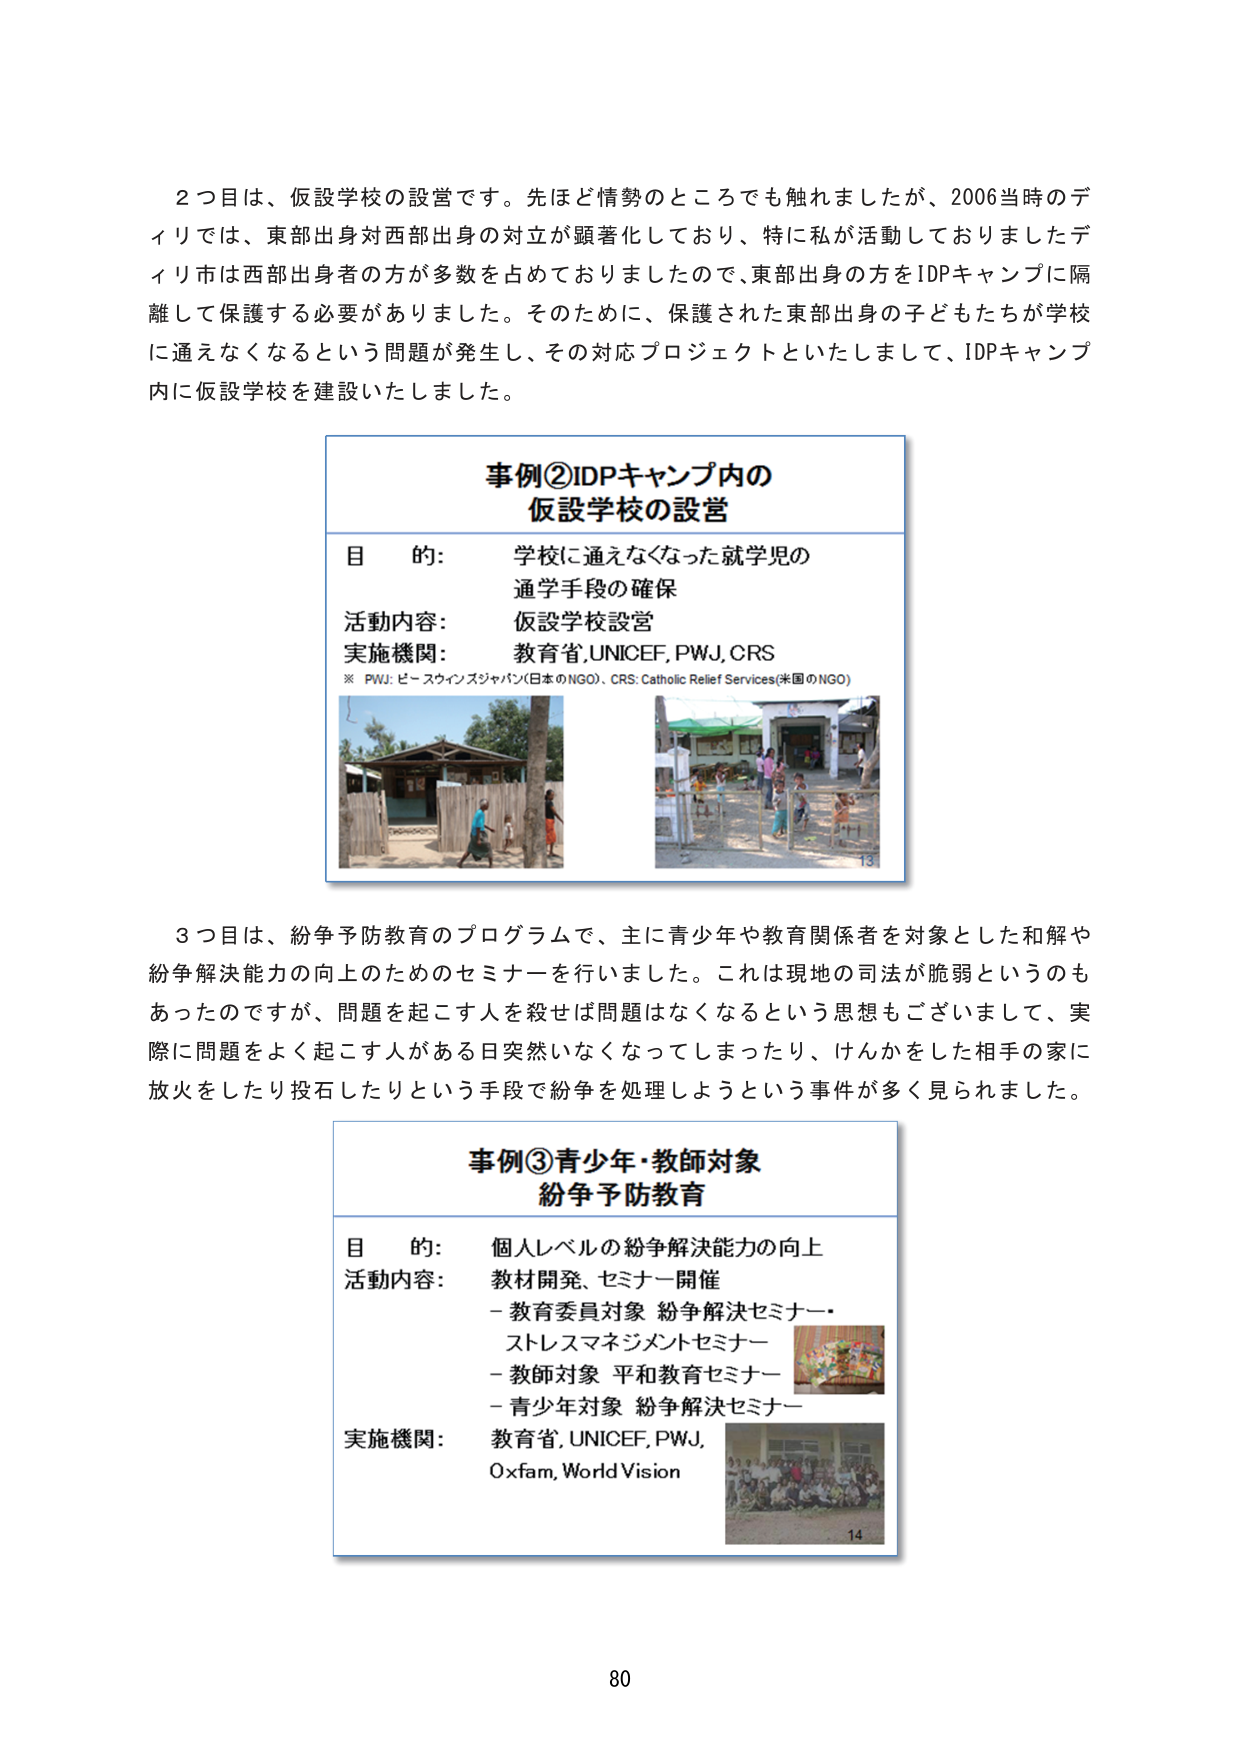
2つ目は、仮設学校の設営です。先ほど情勢のところでも触れましたが、2006当時のディリでは、東部出身対西部出身の対立が顕著化しており、特に私が活動しておりましたディリ市は西部出身者の方が多数を占めておりましたので、東部出身の方をIDPキャンプに隔離して保護する必要がありました。そのために、保護された東部出身の子どもたちが学校に通えなくなるという問題が発生し、その対応プロジェクトといたしまして、IDPキャンプ内に仮設学校を建設いたしました。

事例②IDPキャンプ内の仮設学校の設営
目的: 学校に通えなくなった就学児の通学手段の確保
活動内容: 仮設学校設営
実施機関: 教育省,UNICEF,PWJ,CRS
※ PWJ: ピースウィンズジャパン(日本のNGO)、CRS: Catholic Relief Services(米国のNGO)

3つ目は、紛争予防教育のプログラムで、主に青少年や教育関係者を対象とした和解や紛争解決能力の向上のためのセミナーを行いました。これは現地の司法が脆弱というのもあったのですが、問題を起こす人を殺せば問題はなくなるという思想もございまして、実際に問題をよく起こす人がある日突然いなくなってしまったり、けんかをした相手の家に放火をしたり投石したりという手段で紛争を処理しようという事件が多く見られました。

事例③青少年・教師対象 紛争予防教育
目的: 個人レベルの紛争解決能力の向上
活動内容: 教材開発、セミナー開催
- 教育委員対象 紛争解決セミナー・ストレスマネジメントセミナー
- 教師対象 平和教育セミナー
- 青少年対象 紛争解決セミナー
実施機関: 教育省, UNICEF, PWJ, Oxfam, World Vision

80